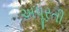
અપૂરતી